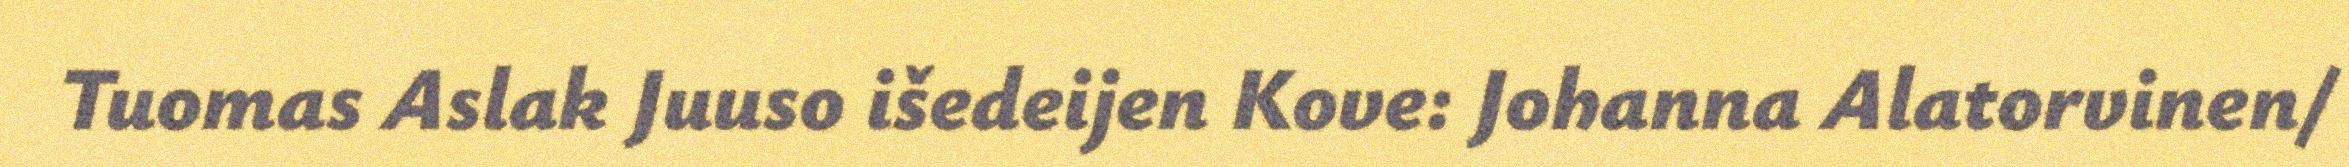
Tuomas Aslak Juuso išedeijen Kove: Johanna Alatorvinen/